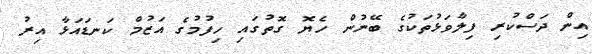
އިން ދަސްކުރި ފިލާވަޅުތަކުގެ ބޭނުން ހެޔޮ ގޮތުގައި ހިފުމުގެ އަޒުމް ކަނޑައަޅާ އިރު